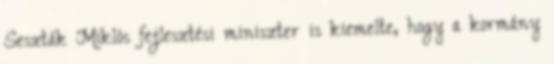
Seszták Miklós fejlesztési miniszter is kiemelte, hogy a kormány